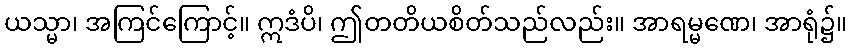
ယသ္မာ၊ အကြင်ကြောင့်။ ဣဒံပိ၊ ဤတတိယစိတ်သည်လည်း။ အာရမ္မဏေ၊ အာရုံ၌။